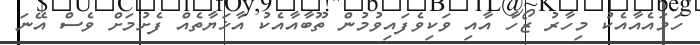
ހަމައެއާއެކު މިހާރު ޒޯހާ އާއި ވަކިވެފައިވުމުން ތޫބާއާއެކު އާޚަޔާތެއް ފެށުމަށް ވެސް އޭނަ